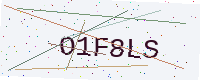
Text: O1F8LS